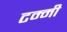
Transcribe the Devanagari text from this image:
टम्मी